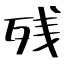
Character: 残